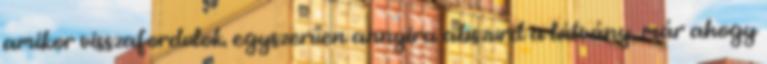
amikor visszafordulok. egyszerűen annyira abszurd a látvány, már ahogy